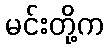
မင်းတို့က